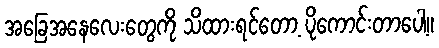
အခြေအနေလေးတွေကို သိထားရင်တော့ ပိုကောင်းတာပေါ့။